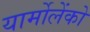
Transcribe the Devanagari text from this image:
यार्मोलेंको